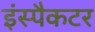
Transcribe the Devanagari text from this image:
इंस्पैकटर